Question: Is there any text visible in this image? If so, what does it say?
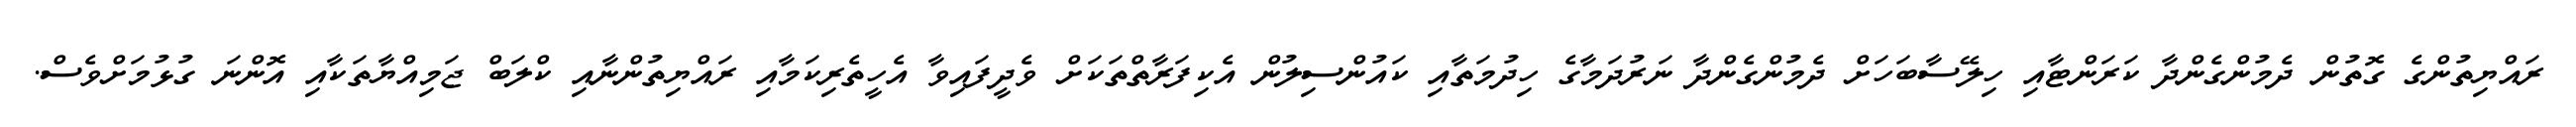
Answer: ރައްޔިތުންގެ ގޮތުން ދެމުންގެންދާ ކަރަންޓާއި ހިލޭސާބަހަށް ދެމުންގެންދާ ނަރުދަމާގެ ހިދުމަތާއި ކައުންސިލުން އެކިފަރާތްތަކަށް ވެދީފައިވާ އެހީތެރިކަމާއި ރައްޔިތުންނާއި ކްލަބް ޖަމިއްޔާތަކާއި އޮންނަ ގުޅުމަށްވެސް.